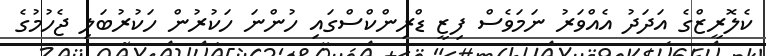
ކެލޮރީޒްގެ އަދަދު އެއްވަރު ނަމަވެސް ފިޒީ ޑްރިންކްސްގައި ހުންނަ ހަކުރުން ހަކުރުބަލި ޖެހުމުގެ